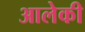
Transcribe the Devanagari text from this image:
आलेकी